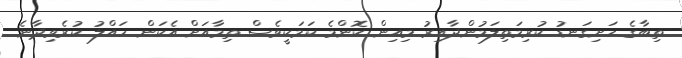
ތިބާގެ ހަށިގަނޑު ކުރިމަތިލަމުންދާއިރު މިއިން ކޮންމެ ކަމަކީވެސް ތިމާއަށް އެކަން ހައްލު ކުރެވިދާނެ